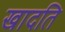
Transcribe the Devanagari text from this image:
खादति